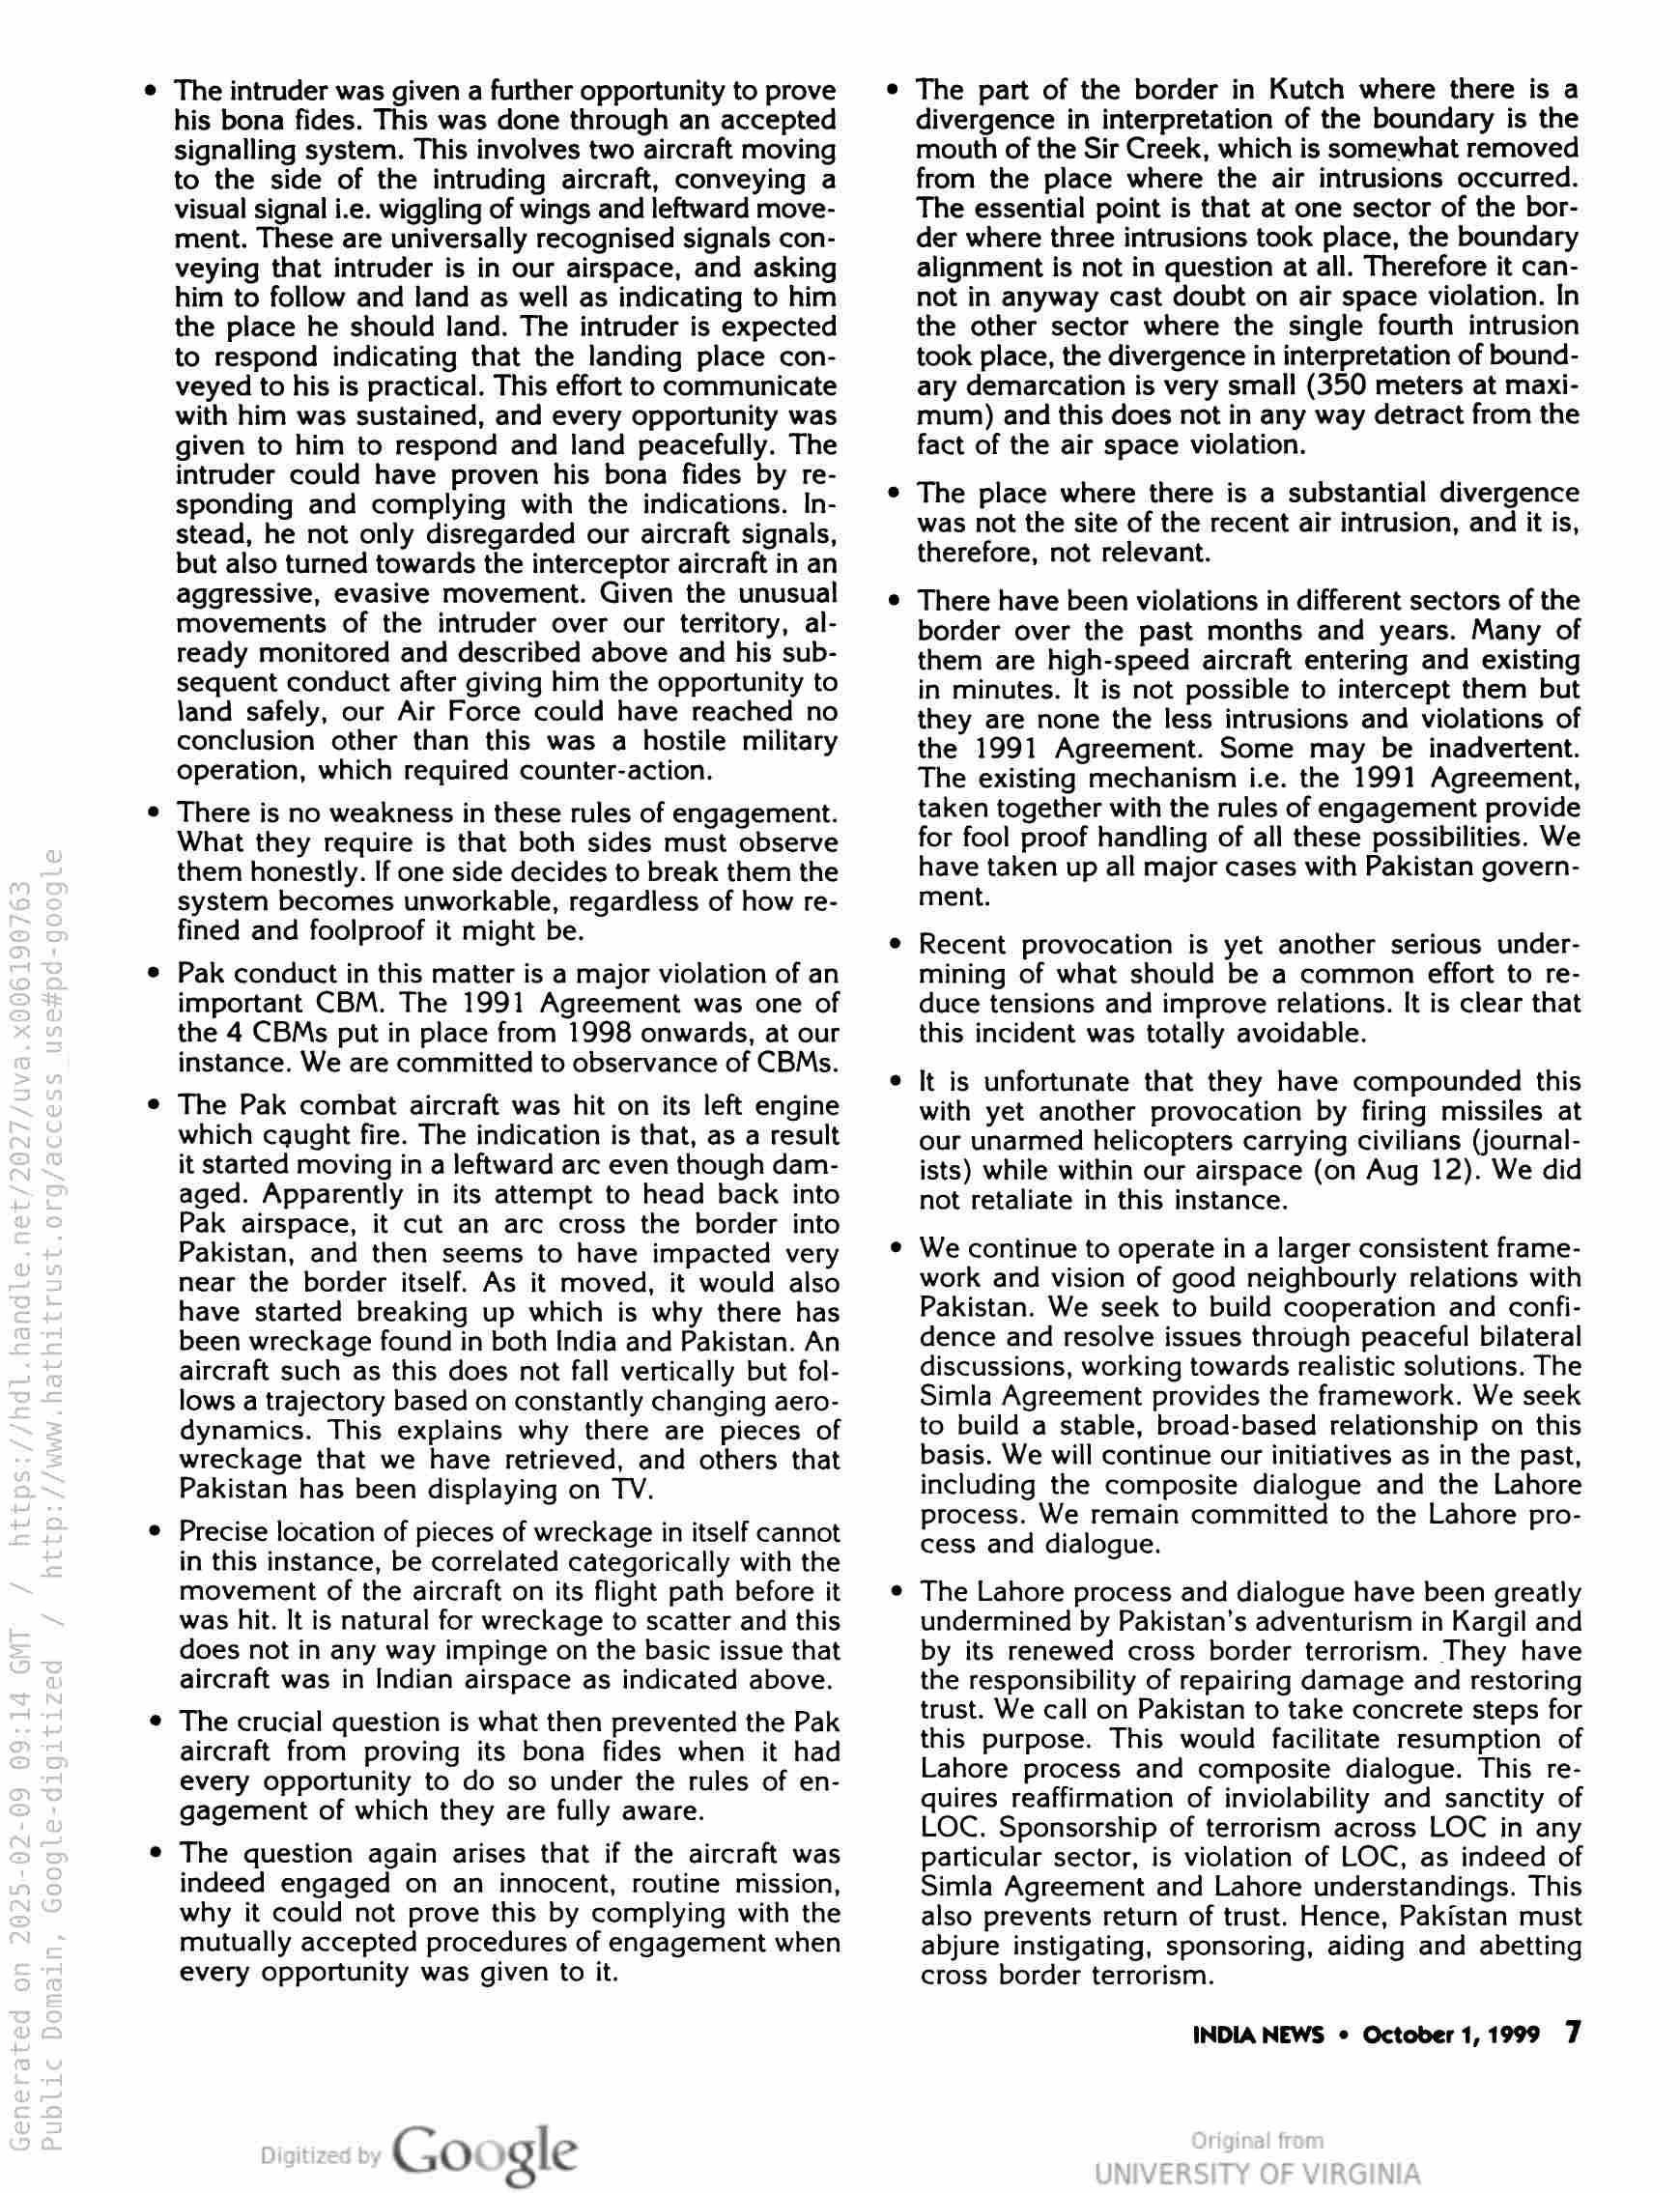
¢ The intruder was given a further opportunity to prove
his bona fides. This was done through an accepted
signalling system. This involves two aircraft moving
to the side of the intruding aircraft, conveying a
visual signal i.e. wiggling of wings and leftward move-
ment. These are universally recognised signals con-
veying that intruder is in our airspace, and asking
him to follow and land as well as indicating to him
the place he should land. The intruder is expected
to respond indicating that the landing place con-
veyed to his is practical. This effort to communicate
with him was sustained, and every opportunity was
given to him to respond and land peacefully. The
intruder could have proven his bona fides by re-
sponding and complying with the indications. In-
stead, he not only disregarded our aircraft signals,
but also turned towards the interceptor aircraft in an
aggressive, evasive movement. Given the unusual
movements of the intruder over our territory, al-
ready monitored and described above and his sub-
sequent conduct after giving him the opportunity to
land safely, our Air Force could have reached no
conclusion other than this was a hostile military
operation, which required counter-action.

There is no weakness in these rules of engagement.
What they require is that both sides must observe
them honestly. If one side decides to break them the
system becomes unworkable, regardless of how re-
fined and foolproof it might be.

e Pak conduct in this matter is a major violation of an
important CBM. The 1991 Agreement was one of
the 4 CBMs put in place from 1998 onwards, at our
instance. We are committed to observance of CBMs.

e The Pak combat aircraft was hit on its left engine
which caught fire. The indication is that, as a result
it started moving in a leftward arc even though dam-
aged. Apparently in its attempt to head back into
Pak airspace, it cut an arc cross the border into
Pakistan, and then seems to have impacted very
near the border itself. As it moved, it would also
have started breaking up which is why there has
been wreckage found in both India and Pakistan. An
aircraft such as this does not fall vertically but fol-
lows a trajectory based on constantly changing aero-
dynamics. This explains why there are pieces of
wreckage that we have retrieved, and others that
Pakistan has been displaying on TV.

e

Precise location of pieces of wreckage in itself cannot
in this instance, be correlated categorically with the
movement of the aircraft on its flight path before it
was hit. It is natural for wreckage to scatter and this
does not in any way impinge on the basic issue that
aircraft was in Indian airspace as indicated above.

¢ The crucial question is what then prevented the Pak
aircraft from proving its bona fides when it had
every opportunity to do so under the rules of en-
gagement of which they are fully aware.

The question again arises that if the aircraft was
indeed engaged on an innocent, routine mission,
why it could not prove this by complying with the
mutually accepted procedures of engagement when
every opportunity was given to it.

Google

e The part of the border in Kutch where there is a
divergence in interpretation of the boundary is the
mouth of the Sir Creek, which is somewhat removed
from the place where the air intrusions occurred.
The essential point is that at one sector of the bor-
der where three intrusions took place, the boundary
alignment is not in question at all. Therefore it can-
not in anyway cast doubt on air space violation. In
the other sector where the single fourth intrusion
took place, the divergence in interpretation of bound-
ary demarcation is very small (350 meters at maxi-
mum) and this does not in any way detract from the
fact of the air space violation.

© The place where there is a substantial divergence
was not the site of the recent air intrusion, and it is,
therefore, not relevant.

© There have been violations in different sectors of the
border over the past months and years. Many of
them are high-speed aircraft entering and existing
in minutes. It is not possible to intercept them but
they are none the less intrusions and violations of
the 1991 Agreement. Some may be inadvertent.
The existing mechanism i.e. the 1991 Agreement,
taken together with the rules of engagement provide
for fool proof handling of all these possibilities. We
have taken up all major cases with Pakistan govern-
ment.

Recent provocation is yet another serious under-
mining of what should be a common effort to re-
duce tensions and improve relations. It is clear that
this incident was totally avoidable.

It is unfortunate that they have compounded this
with yet another provocation by firing missiles at
our unarmed helicopters carrying civilians (journal-
ists) while within our airspace (on Aug 12). We did
not retaliate in this instance.

e We continue to operate in a larger consistent frame-
work and vision of good neighbourly relations with
Pakistan. We seek to build cooperation and confi-
dence and resolve issues through peaceful bilateral
discussions, working towards realistic solutions. The
Simla Agreement provides the framework. We seek
to build a stable, broad-based relationship on this
basis. We will continue our initiatives as in the past,
including the composite dialogue and the Lahore
process. We remain committed to the Lahore pro-
cess and dialogue.

¢ The Lahore process and dialogue have been greatly
undermined by Pakistan's adventurism in Kargil and
by its renewed cross border terrorism. They have
the responsibility of repairing damage and restoring
trust. We call on Pakistan to take concrete steps for
this purpose. This would facilitate resumption of
Lahore process and composite dialogue. This re-
quires reaffirmation of inviolability and sanctity of
LOC. Sponsorship of terrorism across LOC in any
particular sector, is violation of LOC, as indeed of
Simla Agreement and Lahore understandings. This
also prevents return of trust. Hence, Pakistan must
abjure instigating, sponsoring, aiding and abetting
cross border terrorism.

INDIA NEWS © October 1,1999 7